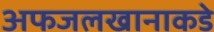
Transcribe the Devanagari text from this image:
अफजलखानाकडे